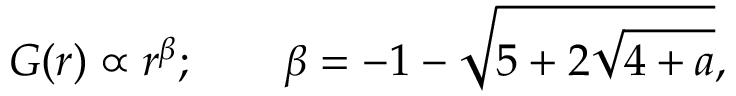
G ( r ) \propto r ^ { \beta } ; \qquad \beta = - 1 - \sqrt { 5 + 2 \sqrt { 4 + a } } ,